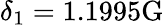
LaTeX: \delta_{1}=1.1995\mathrm{G}